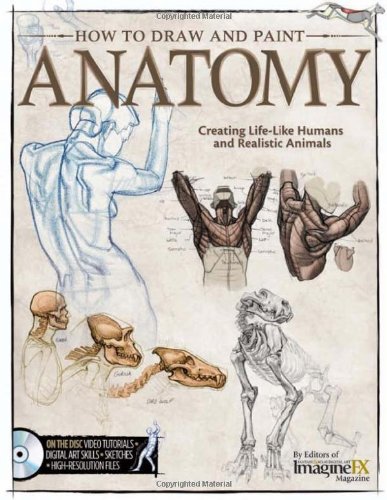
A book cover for How to Draw and Paint Anatomy: Creating Life-Like Humans and Realistic Animals; Editors at Future Publishing; Arts & Photography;